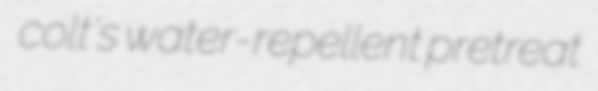
colt's water-repellent pretreat